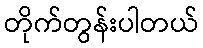
တိုက်တွန်းပါတယ်